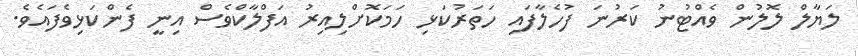
ލަޔާލް ލޮލުން ވެއްޓުނު ކަރުނަ ފުހެލާފައި ހަތަރުކަޅި ހަމަކޮށްލިއިރު އަފްލާކްވެސް އިނީ ފެންކަޅިވެފައެވެ.